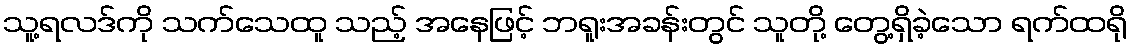
သူ့ရလဒ်ကို သက်သေထူ သည့် အနေဖြင့် ဘရူးအခန်းတွင် သူတို့ တွေ့ရှိခဲ့သော ရက်ထရို